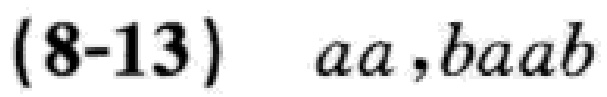
$(8 - 13)\ \ aa,baab$